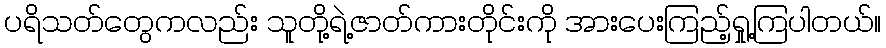
ပရိသတ်တွေကလည်း သူတို့ရဲ့ဇာတ်ကားတိုင်းကို အားပေးကြည့်ရှု့ကြပါတယ်။